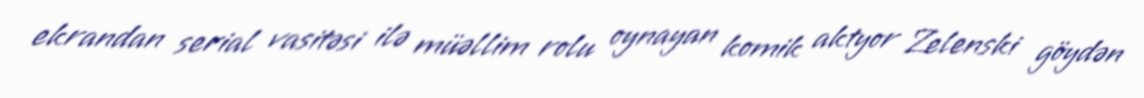
ekrandan serial vasitəsi ilə müəllim rolu oynayan komik aktyor Zelenski göydən